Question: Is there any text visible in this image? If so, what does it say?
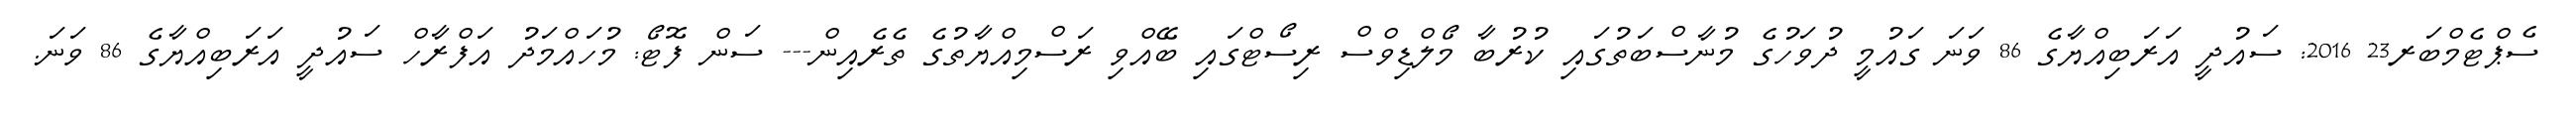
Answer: ސެޕްޓެމްބަރ23 2016: ސައުދީ އަރަބިއްޔާގެ 86 ވަނަ ގައުމީ ދުވަހުގެ މުނާސްބަތުގައި ކުރުބާ މޯލްޑިވްސް ރިސޯޓްގައި ބޭއްވި ރަސްމިއްޔާތުގެ ތެރެއިން--- ސަން ފޮޓޯ: މުހައްމަދު އަފްރާހް ސައުދީ އަރަބިއްޔާގެ 86 ވަނަ.